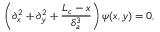
\left( \partial _ { x } ^ { 2 } + \partial _ { y } ^ { 2 } + \frac { L _ { c } - x } { \delta _ { a } ^ { 3 } } \right) \psi ( x , y ) = 0 ,